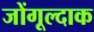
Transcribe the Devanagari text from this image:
जोंगूल्दाक